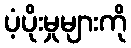
ပံ့ပိုးမှုများကို